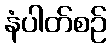
နံပါတ်စဉ်